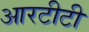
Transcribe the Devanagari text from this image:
आरटीटी